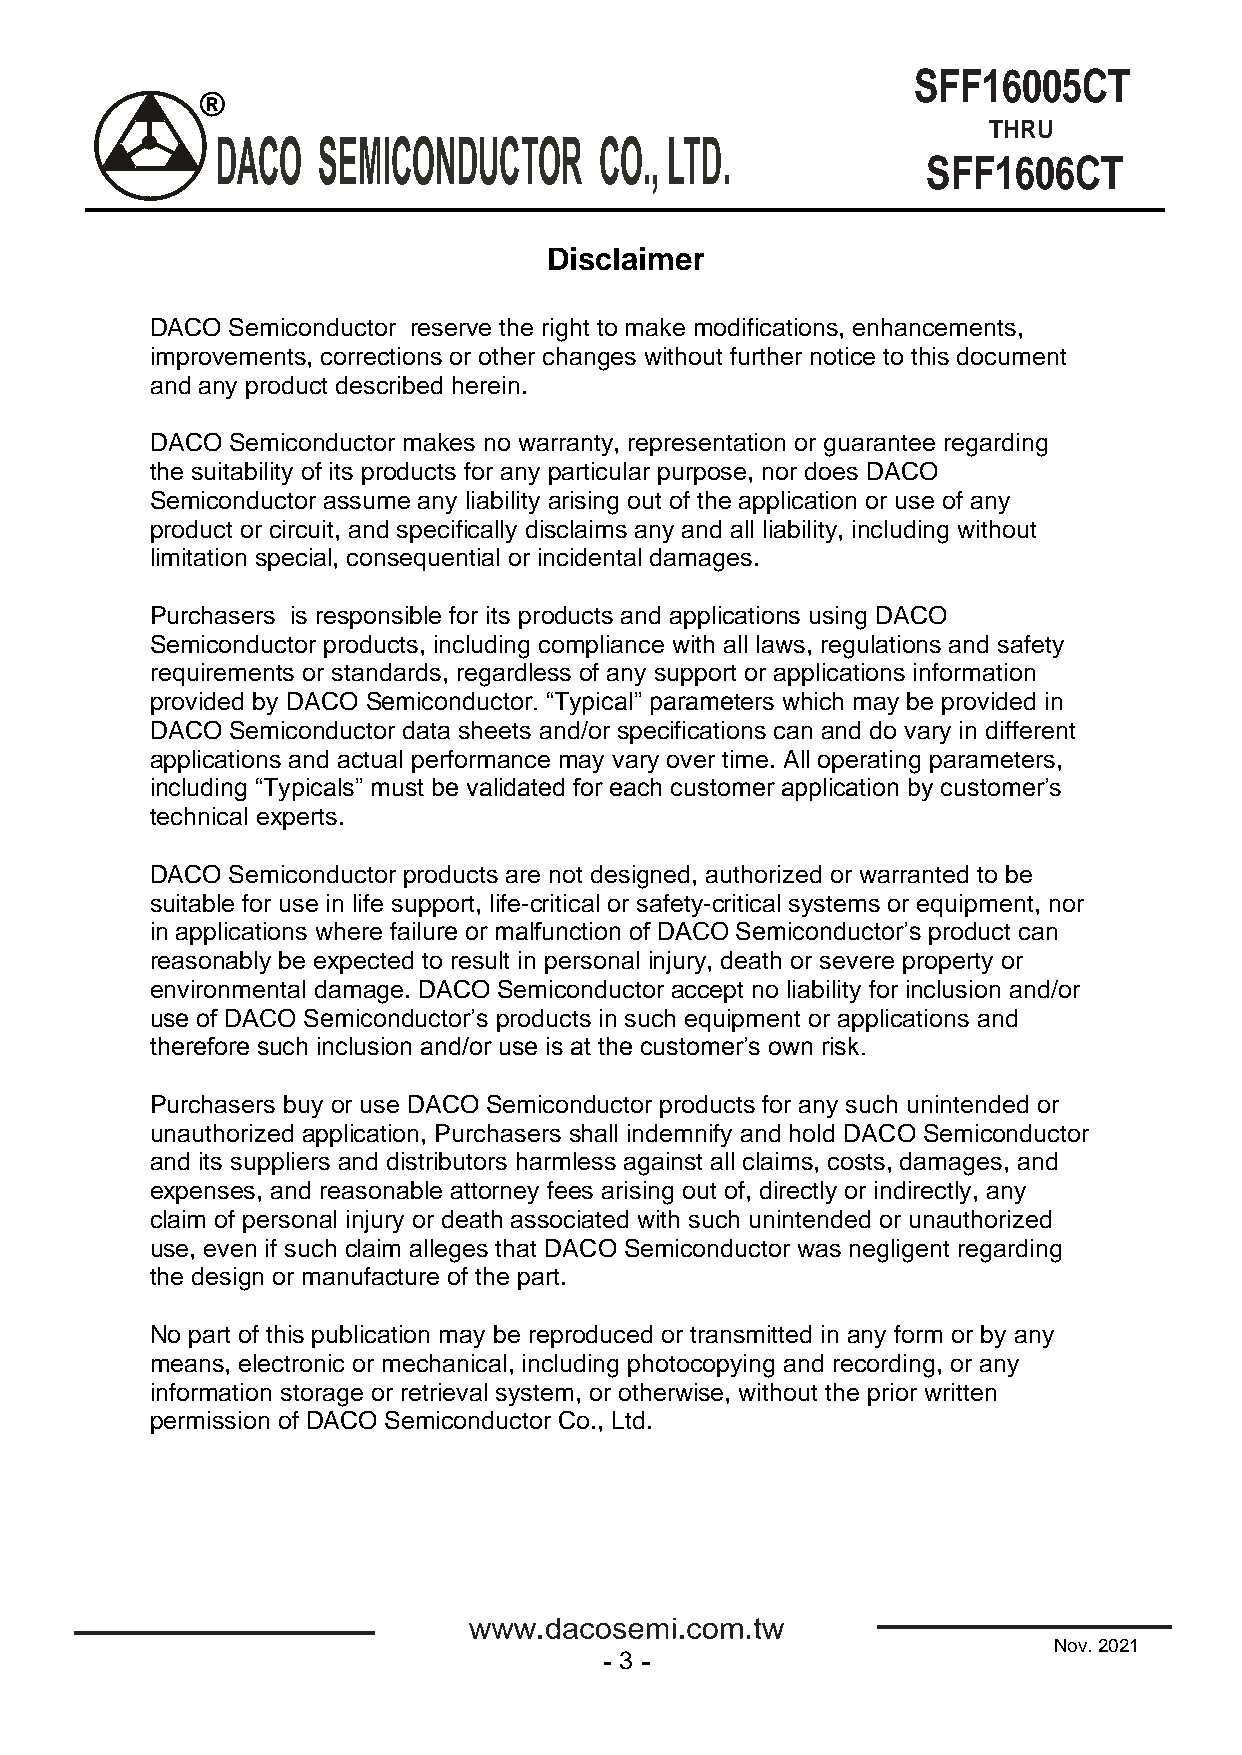
SFF16005CT
 ®
 THRU
 DACO   SEMICONDUCTOR      CO., LTD.
 SFF1606CT
 Disclaimer
 DACO Semiconductor reserve the right to make modifications, enhancements,
 improvements, corrections or other changes without further notice to this document
 and any product described herein.
 DACO Semiconductor makes no warranty, representation or guarantee regarding
 the suitability of its products for any particular purpose, nor does DACO
 Semiconductor assume any liability arising out of the application or use of any
 product or circuit, and specifically disclaims any and all liability, including without
 limitation special, consequential or incidental damages.
 Purchasers is responsible for its products and applications using DACO
 Semiconductor products, including compliance with all laws, regulations and safety
 requirements or standards, regardless of any support or applications information
 provided by DACO Semiconductor. “Typical” parameters which may be provided in
 DACO Semiconductor data sheets and/or specifications can and do vary in different
 applications and actual performance may vary over time. All operating parameters,
 including “Typicals” must be validated for each customer application by customer’s
 technical experts.
 DACO Semiconductor products are not designed, authorized or warranted to be
 suitable for use in life support, life-critical or safety-critical systems or equipment, nor
 in applications where failure or malfunction of DACO Semiconductor’s product can
 reasonably be expected to result in personal injury, death or severe property or
 environmental damage. DACO Semiconductor accept no liability for inclusion and/or
 use of DACO Semiconductor’s products in such equipment or applications and
 therefore such inclusion and/or use is at the customer’s own risk.
 Purchasers buy or use DACO Semiconductor products for any such unintended or
 unauthorized application, Purchasers shall indemnify and hold DACO Semiconductor
 and its suppliers and distributors harmless against all claims, costs, damages, and
 expenses, and reasonable attorney fees arising out of, directly or indirectly, any
 claim of personal injury or death associated with such unintended or unauthorized
 use, even if such claim alleges that DACO Semiconductor was negligent regarding
 the design or manufacture of the part.
 No part of this publication may be reproduced or transmitted in any form or by any
 means, electronic or mechanical, including photocopying and recording, or any
 information storage or retrieval system, or otherwise, without the prior written
 permission of DACO Semiconductor Co., Ltd.
 Nov. 2021
 3